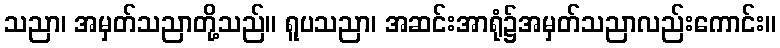
သညာ၊ အမှတ်သညာတို့သည်။ ရူပသညာ၊ အဆင်းအာရုံ၌အမှတ်သညာလည်းကောင်း။